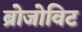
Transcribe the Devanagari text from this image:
ब्रोजोविट